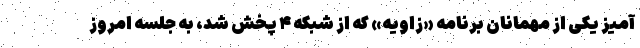
آمیز یکی از مهمانان برنامه «زاویه» که از شبکه ۴ پخش شد، به جلسه امروز